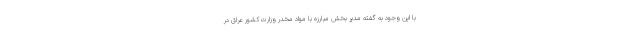
با این وجود به گفته مدیر بخش مبارزه با مواد مخدر وزارت کشور عراق در